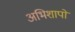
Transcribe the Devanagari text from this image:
अभिशापों